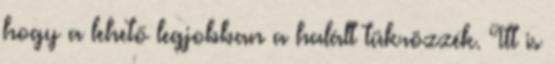
hogy a lehető legjobban a halált tükrözzék. Itt is